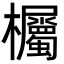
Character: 欘